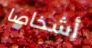
أشخاصا